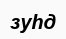
зуһд